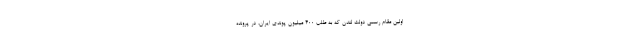
اولین مقام رسمی دولت لندن که به طلب ۴۰۰ میلیون پوندی ایران، در پرونده